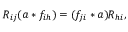
R _ { i j } ( a \ast f _ { i h } ) = ( f _ { j i } \ast a ) R _ { h i } ,